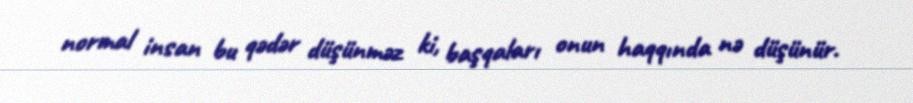
normal insan bu qədər düşünməz ki, başqaları onun haqqında nə düşünür.